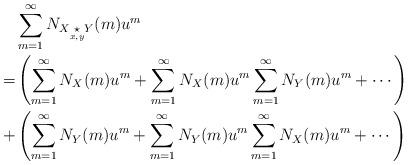
LaTeX: \begin{align*}&\sum_{m=1}^{\infty}N_{X\underset{x,y}{\star}Y}(m)u^m\\=&\left(\sum_{m=1}^{\infty}N_X(m)u^m+\sum_{m=1}^{\infty}N_X(m)u^m\sum_{m=1}^{\infty}N_Y(m)u^m+\cdots\right)\\+&\left(\sum_{m=1}^{\infty}N_Y(m)u^m+\sum_{m=1}^{\infty}N_Y(m)u^m\sum_{m=1}^{\infty}N_X(m)u^m+\cdots\right)\end{align*}